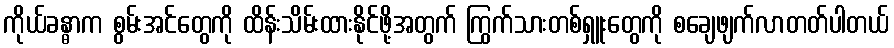
ကိုယ်ခန္ဓာက စွမ်းအင်တွေကို ထိန်းသိမ်းထားနိုင်ဖို့အတွက် ကြွက်သားတစ်ရှူးတွေကို စချေဖျက်လာတတ်ပါတယ်